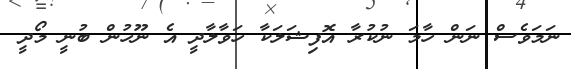
ނަމަވެސް ނަން ހާމަ ނުކުރާ އޮފިޝަލަކާ ހަވާލާދީ އެ ނޫހުން ބުނީ މޯދީ